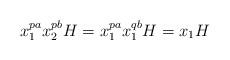
LaTeX: \begin{align*} x_1^{pa}x_2^{pb}H=x_1^{pa}x_1^{qb}H=x_1H \end{align*}